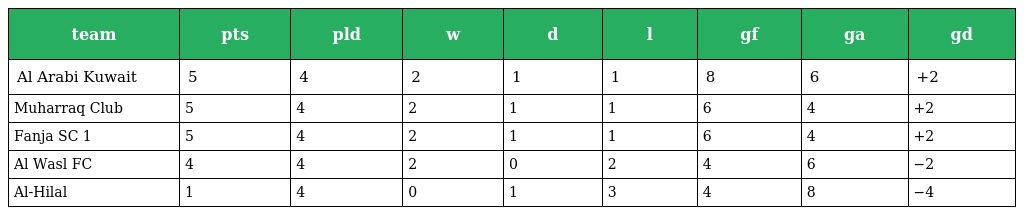
| team | pts | pld | w | d | l | gf | ga | gd |
 | --- | --- | --- | --- | --- | --- | --- | --- | --- |
 | Al Arabi Kuwait | 5 | 4 | 2 | 1 | 1 | 8 | 6 | +2 |
 | Muharraq Club | 5 | 4 | 2 | 1 | 1 | 6 | 4 | +2 |
 | Fanja SC 1 | 5 | 4 | 2 | 1 | 1 | 6 | 4 | +2 |
 | Al Wasl FC | 4 | 4 | 2 | 0 | 2 | 4 | 6 | −2 |
 | Al-Hilal | 1 | 4 | 0 | 1 | 3 | 4 | 8 | −4 |